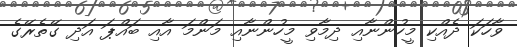
ވާހަކަ ދެއްކި މީހުންނާއި ދިމާވި މީހުންނާއި މަންމަ އާއި ބައްޕަ އަދި ގޭތެރޭގެ